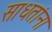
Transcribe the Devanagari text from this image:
साधतांना